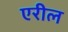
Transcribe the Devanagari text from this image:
एरील